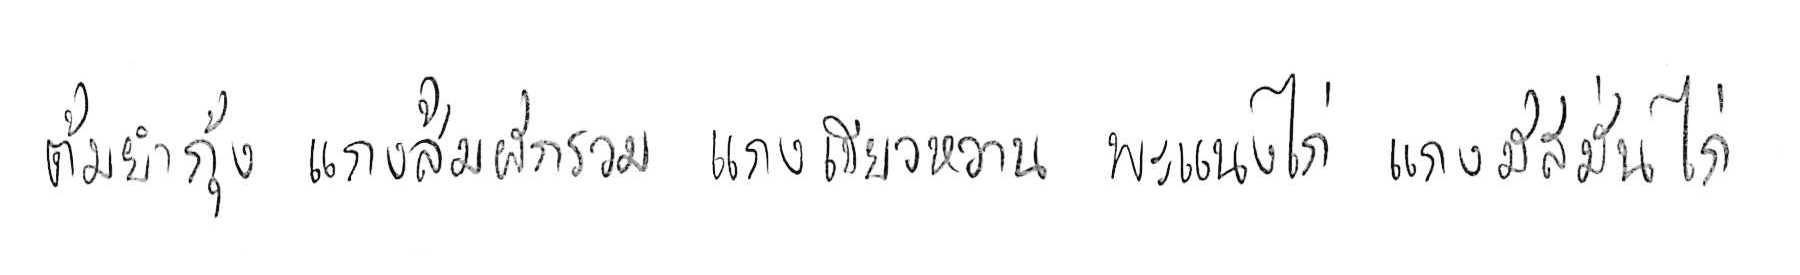
ต้มยำกุ้ง แกงส้มผักรวม แกงเขียวหวาน พะแนงไก่ แกงมัสมั่นไก่